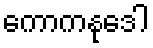
ကောကနုဒေါ